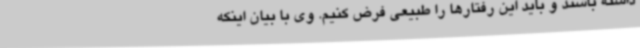
داشته باشند و باید این رفتارها را طبیعی فرض کنیم. وی با بیان اینکه